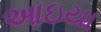
આઇયા